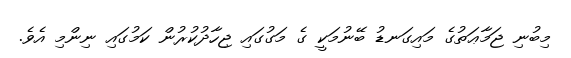
މިބުނި ޖަމާޢަތުގެ މައިގަނޑު ބޭނުމަކީ ގެ މަގުގައި ޖިހާދުކުރުން ކަމުގައި ނިންމި އެވެ.